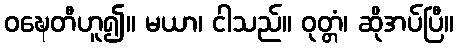
ဝဍ္ဎေတီဟူ၍။ မယာ၊ ငါသည်။ ဝုတ္တံ၊ ဆိုအပ်ပြီ။